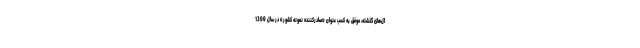
ال‌های گذشته، موفق به کسب عنوان «صادرکننده نمونه کشور» در سال 1399